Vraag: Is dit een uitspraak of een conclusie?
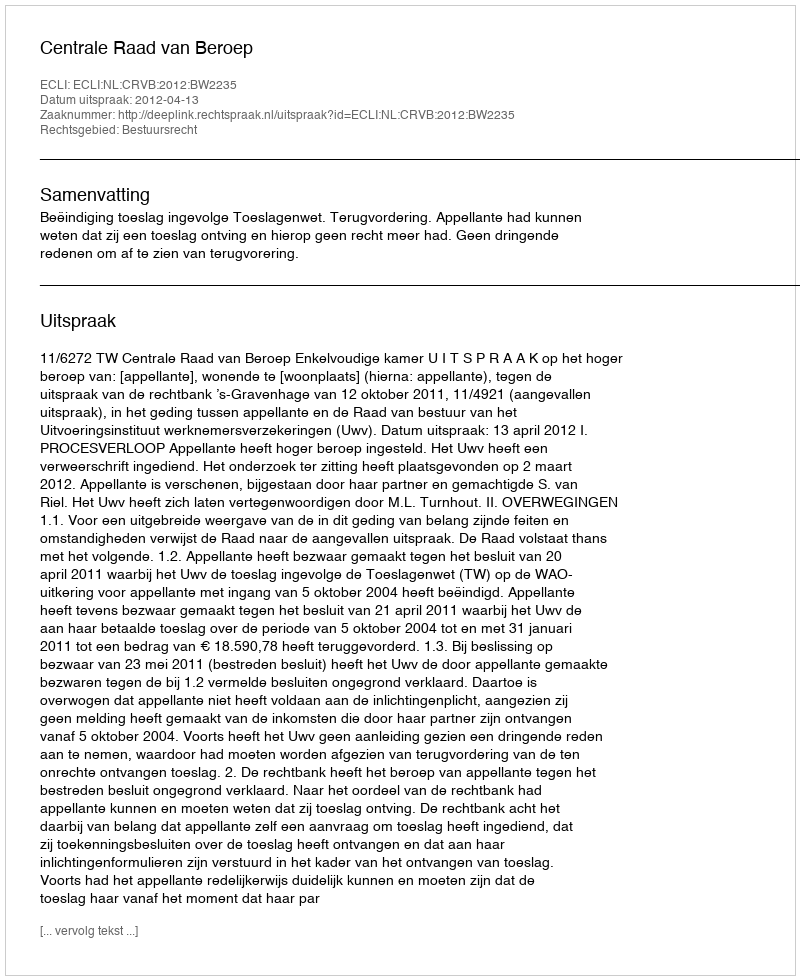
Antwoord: Uitspraak